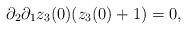
LaTeX: \begin{align*} \partial_{2} \partial_{1} z_{3} (0) (z_3(0)+1)=0 ,\end{align*}